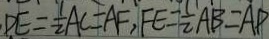
D E = \frac { 1 } { 2 } A C = A F , F E = \frac { 1 } { 2 } A B = A P